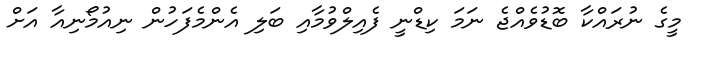
މީގެ ނުރައްކާ ބޮޑުވެއްޖެ ނަމަ ކިޑްނީ ފެއިލްވުމާއި ބަލި އެންމެފަހުން ނިއުމޯނިއާ އަށް